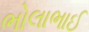
ભોલાભાઈ